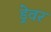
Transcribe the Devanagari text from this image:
ड्रेवर